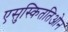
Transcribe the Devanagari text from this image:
एसुस्किततिओन